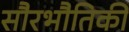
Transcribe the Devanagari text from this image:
सौरभौतिकी